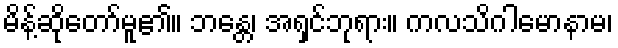
မိန့်ဆိုတော်မူ၏။ ဘန္တေ၊ အရှင်ဘုရား။ ကလသိဂါမောနာမ၊